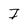
Character: I